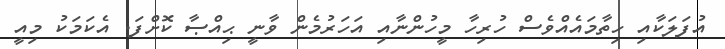
އުފަލަކާއި ހިތާމައެއްވެސް ހުރިހާ މީހުންނާއި އަހަރުމެން ވާނީ ޙިއްޞާ ކޮށްފަ. އެކަމަކު މިއީ